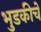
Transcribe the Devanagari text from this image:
भुडकीचे